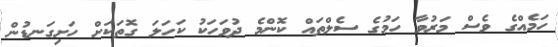
ހަމެއްގެ ވެސް މަރުވާ ހަމުގެ ސެލްތައް ކޮންމެ ދުވަހަކު ކަހަލަ ގޮތަކަށް ހަށިގަނޑުން